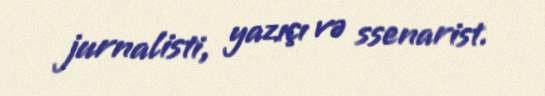
jurnalisti, yazıçı və ssenarist.